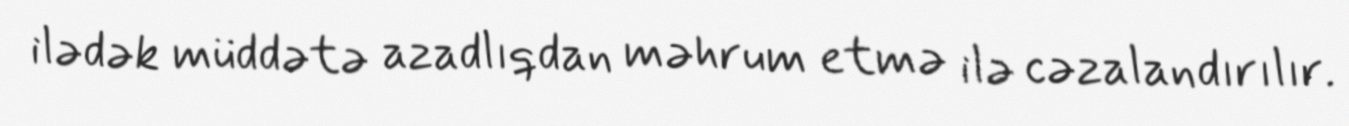
ilədək müddətə azadlıqdan məhrum etmə ilə cəzalandırılır.